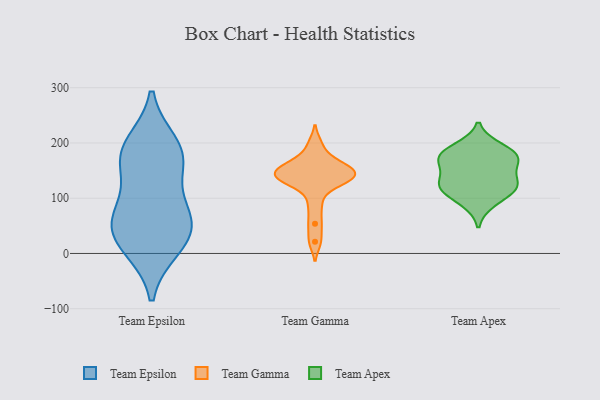
{"axis": {"x": "Satisfaction Score", "y": "Value"}, "legend": ["Team Apex", "Team Epsilon", "Team Gamma"], "data": [{"x": "", "y": 62, "type": "Team Epsilon"}, {"x": "", "y": 164, "type": "Team Epsilon"}, {"x": "", "y": 87, "type": "Team Epsilon"}, {"x": "", "y": 18, "type": "Team Epsilon"}, {"x": "", "y": 11, "type": "Team Epsilon"}, {"x": "", "y": 46, "type": "Team Epsilon"}, {"x": "", "y": 170, "type": "Team Epsilon"}, {"x": "", "y": 197, "type": "Team Epsilon"}, {"x": "", "y": 184, "type": "Team Epsilon"}, {"x": "", "y": 58, "type": "Team Epsilon"}, {"x": "", "y": 150, "type": "Team Gamma"}, {"x": "", "y": 147, "type": "Team Gamma"}, {"x": "", "y": 138, "type": "Team Gamma"}, {"x": "", "y": 21, "type": "Team Gamma"}, {"x": "", "y": 88, "type": "Team Gamma"}, {"x": "", "y": 136, "type": "Team Gamma"}, {"x": "", "y": 54, "type": "Team Gamma"}, {"x": "", "y": 133, "type": "Team Gamma"}, {"x": "", "y": 171, "type": "Team Gamma"}, {"x": "", "y": 158, "type": "Team Gamma"}, {"x": "", "y": 121, "type": "Team Gamma"}, {"x": "", "y": 158, "type": "Team Gamma"}, {"x": "", "y": 198, "type": "Team Gamma"}, {"x": "", "y": 139, "type": "Team Gamma"}, {"x": "", "y": 92, "type": "Team Apex"}, {"x": "", "y": 177, "type": "Team Apex"}, {"x": "", "y": 131, "type": "Team Apex"}, {"x": "", "y": 192, "type": "Team Apex"}, {"x": "", "y": 168, "type": "Team Apex"}, {"x": "", "y": 120, "type": "Team Apex"}, {"x": "", "y": 119, "type": "Team Apex"}, {"x": "", "y": 179, "type": "Team Apex"}, {"x": "", "y": 161, "type": "Team Apex"}, {"x": "", "y": 121, "type": "Team Apex"}]}